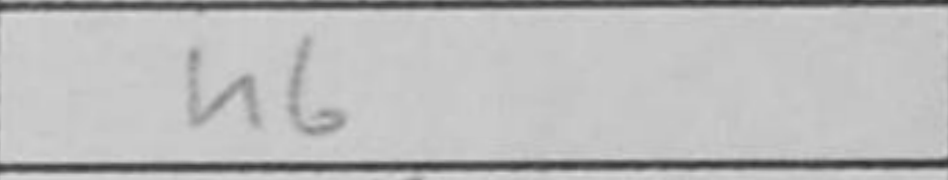
Transcription: h6